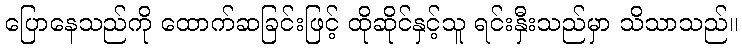
ပြောနေသည်ကို ထောက်ဆခြင်းဖြင့် ထိုဆိုင်နှင့်သူ ရင်းနှီးသည်မှာ သိသာသည်။